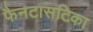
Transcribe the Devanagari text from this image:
फैनटासटिका